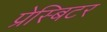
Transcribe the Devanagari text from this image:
प्रेस्बिटर